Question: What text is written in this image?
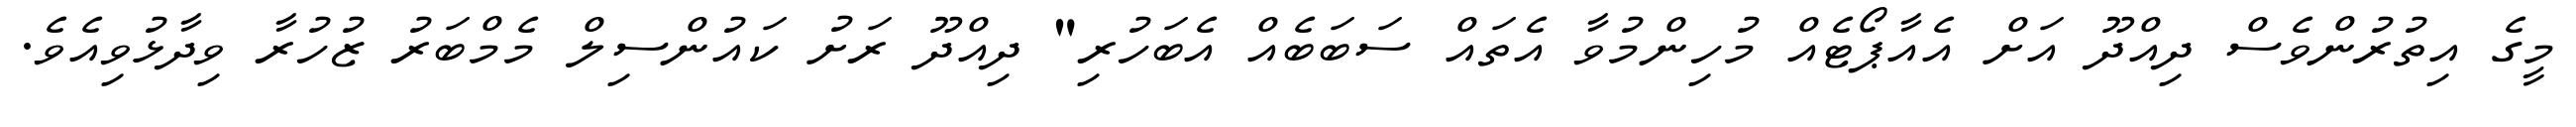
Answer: މީގެ އިތުރުންވެސް ދިއްދޫ އަށް އެއާޕޯޓެއް މުހިންމުވާ އެތައް ސަބަބެއް އެބަހުރި" ދިއްދޫ ރަށު ކައުންސިލް މެމްބަރު ޒުހުރާ ވިދާޅުވިއެވެ.